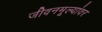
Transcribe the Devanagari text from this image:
जीवनमूल्यांवर